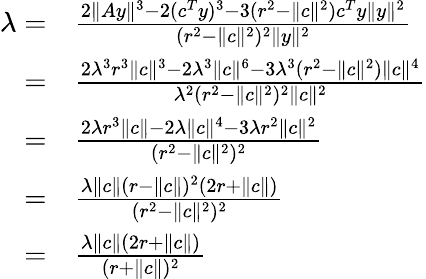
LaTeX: \begin{array}{rl}{\lambda=}&{\frac{2\| Ay\| ^{3}-2(c^{T}y)^{3}-3(r^{2}-\| c\| ^{2})c^{T}y\| y\| ^{2}}{(r^{2}-\| c\| ^{2})^{2}\| y\| ^{2}}}\\ {=}&{\frac{2\lambda^{3}r^{3}\| c\| ^{3}-2\lambda^{3}\| c\| ^{6}-3\lambda^{3}(r^{2}-\| c\| ^{2})\| c\| ^{4}}{\lambda^{2}(r^{2}-\| c\| ^{2})^{2}\| c\| ^{2}}}\\ {=}&{\frac{2\lambda r^{3}\| c\| -2\lambda\| c\| ^{4}-3\lambda r^{2}\| c\| ^{2}}{(r^{2}-\| c\| ^{2})^{2}}}\\ {=}&{\frac{\lambda\| c\| (r-\| c\| )^{2}(2r+\| c\| )}{(r^{2}-\| c\| ^{2})^{2}}}\\ {=}&{\frac{\lambda\| c\| (2r+\| c\| )}{(r+\| c\| )^{2}}}\end{array}